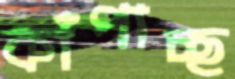
কাঁপাচ্ছ